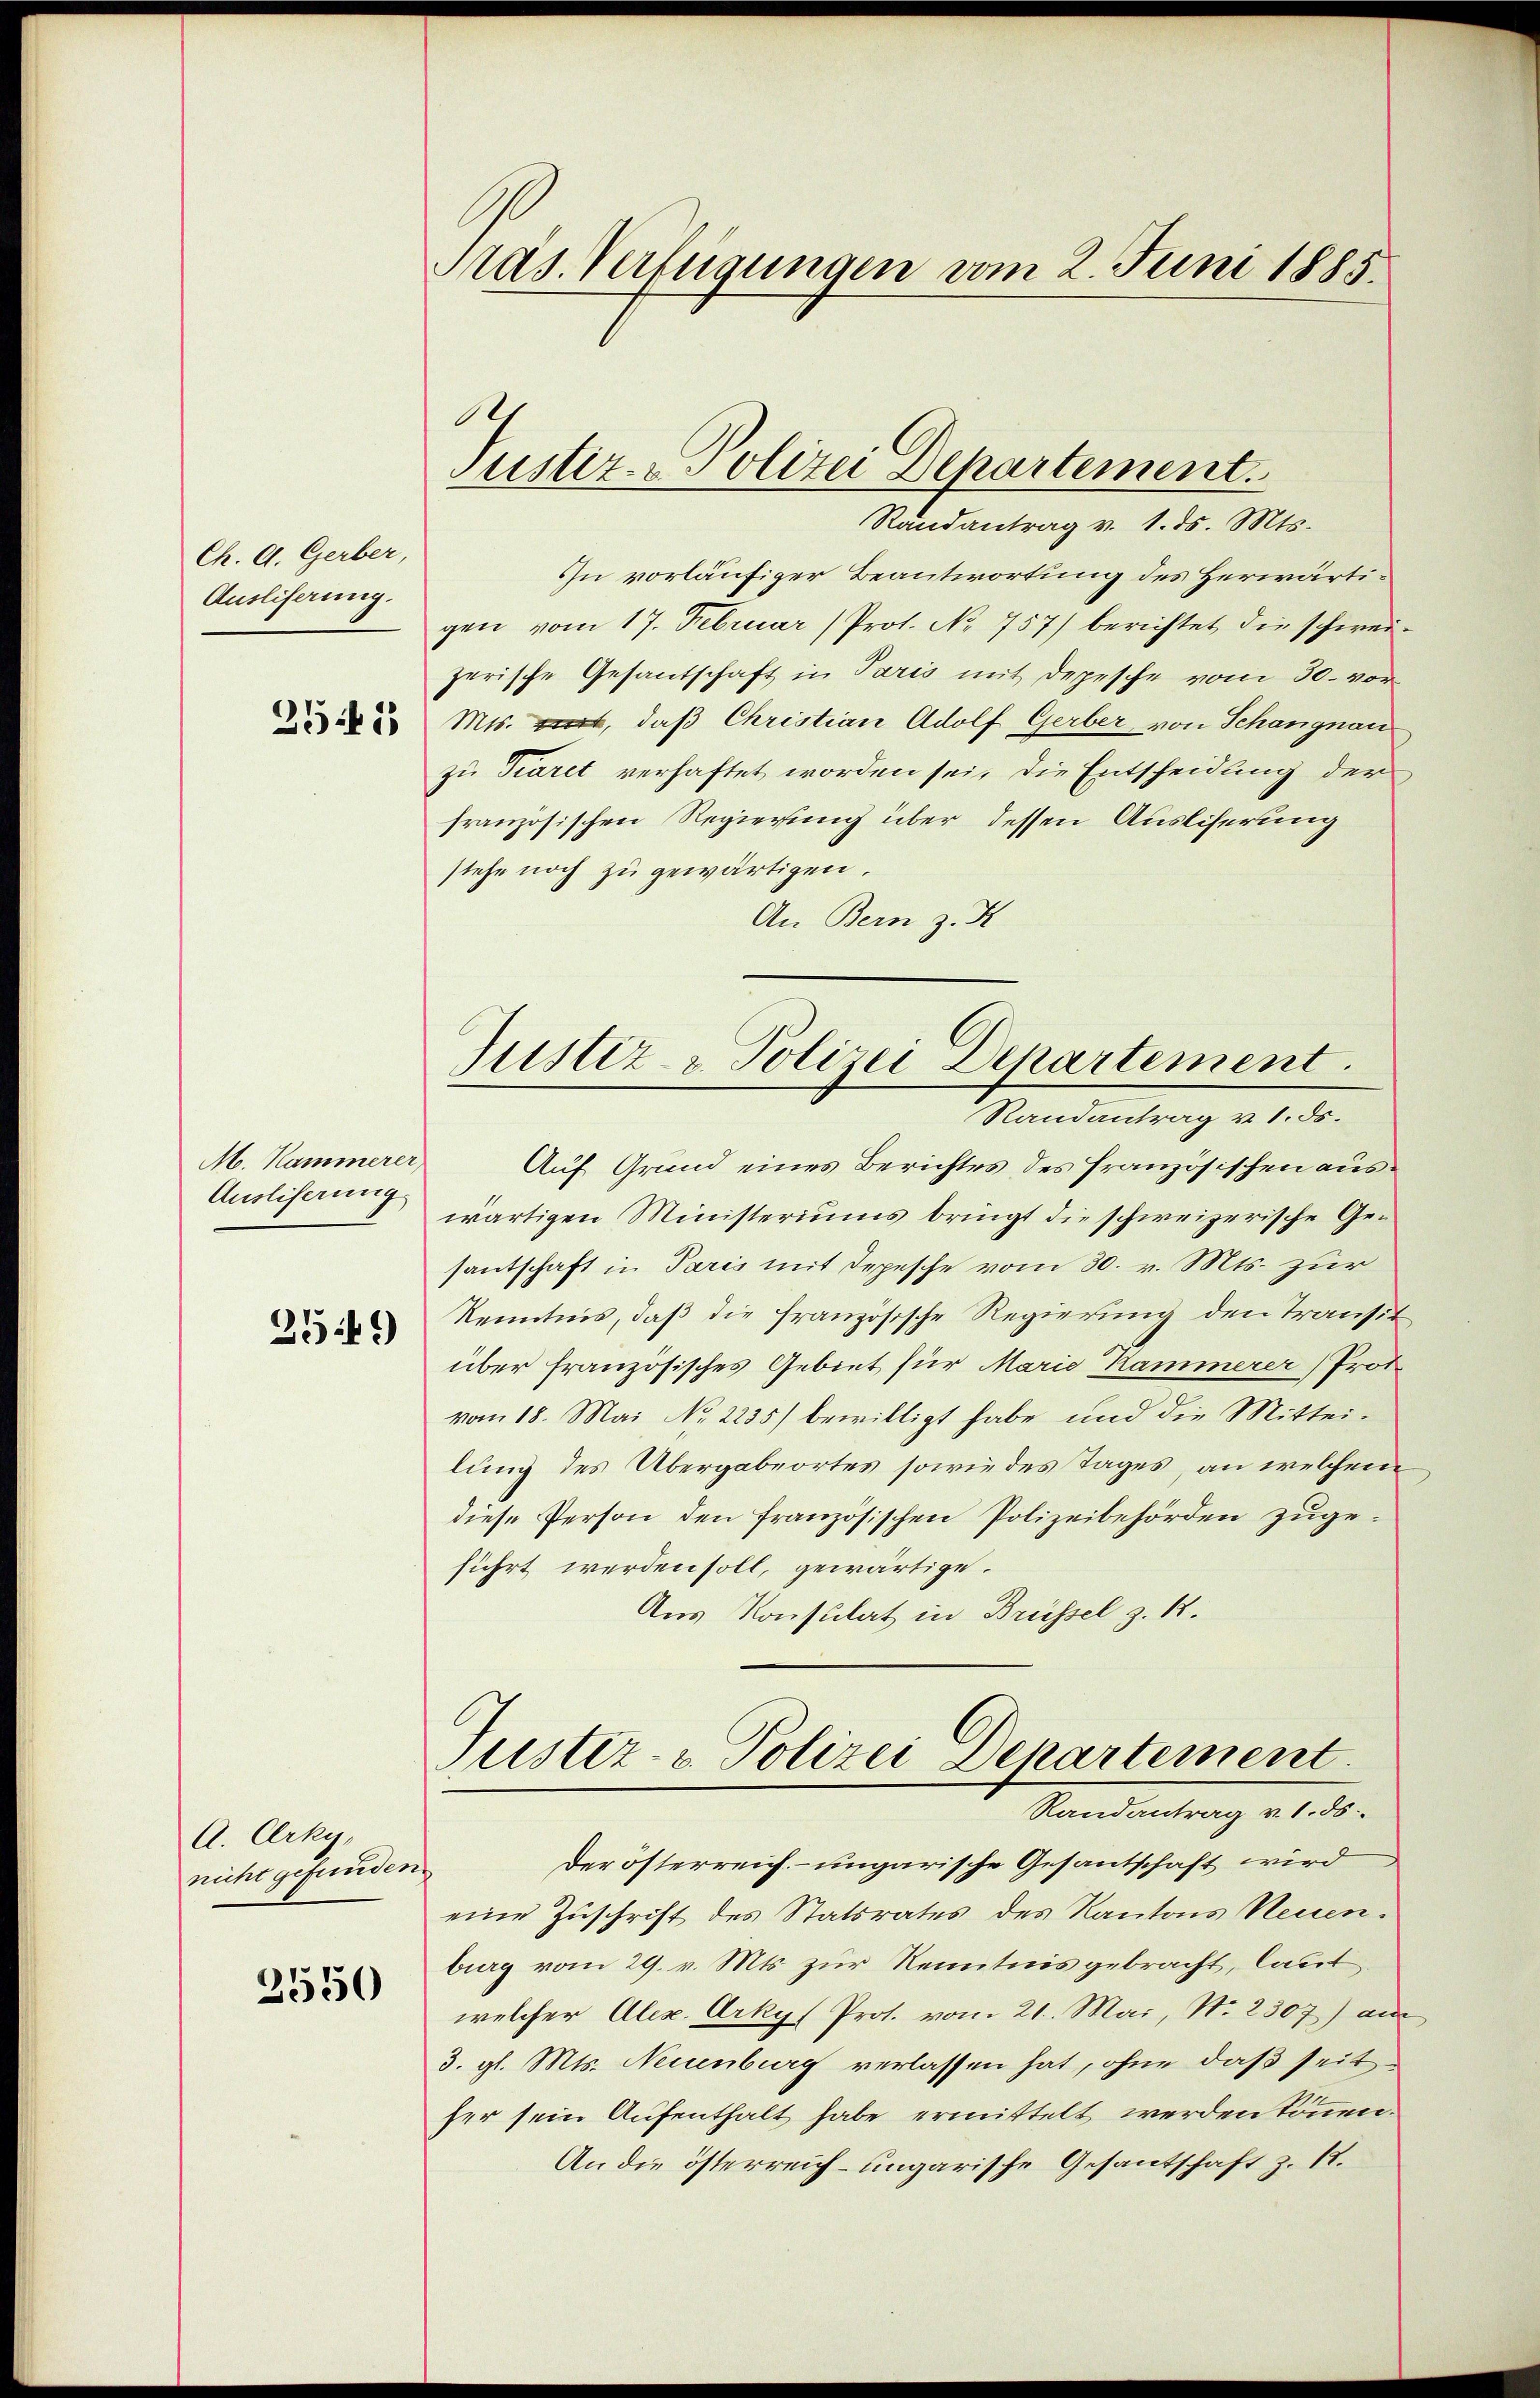
Ch. A. Gerber,
Ausliserung.

2541

M. Kammerer,
Ausliserung

2549)

A. Crky,
nicht gefunden.

3550

Pras. Verfügungen vom 2. Juni 1885.

O
Justiz - Polizei Departement.

Justiz - Polizei Departement.

Randantrag v. 1. ds. Mts.
In vorläufiger Beantwortung des Herwärtigen vom 17. Februar (Prot. No 757) berichtet die schweizerische Gesantschaft in Paris mit Depesche vom 30. vor
Mts. it, daß Christian Adolf Gerber, von Schangnau
zu Tiaret verhaftet worden sei, die Entscheidung der
französischen Regierung über dessen Ausliserung
stehe noch zu gewärtigen.
An Bern z. K
Randantrag v. 1. ds.
Auf Grund eines Berichtes des französischen auswärtigen Ministeriums bringt die schweizerische Ge-
santschaft in Paris mit Depesche vom 30. v. Mts. zur
Kenntnis, daß die französische Regierung den Transit
über französisches Gebiet für Marie Kammerer Prot
vom 18. Mai No 2235) bewilligt habe und die Mittei-
lung des Übergabeortes sowie des Tages, an welchem
diese Person den französischen Polizeibehörden zugeführt werden soll, gewärtige.
Aus Konsulat in Brüssel z. B.

Justiz- & Polizei Departement.
Randantrag v. 1. ds.

Der österreich- ungarische Gesantschaft wird
eine Zuschrift des Statsrates des Kantons Neuen.
burg vom 29. v. Mts. zur Kenntnis gebracht, laut
welcher Alex. Arkys Prot. vom 21. Mai, No. 2307) am
3. gl. Mts. Neuenburg verlassen hat, ohne daß seither sein Aufenthalt habe ermittelt werden können.
An die österreich-ungarische Gesantschaft z. R.